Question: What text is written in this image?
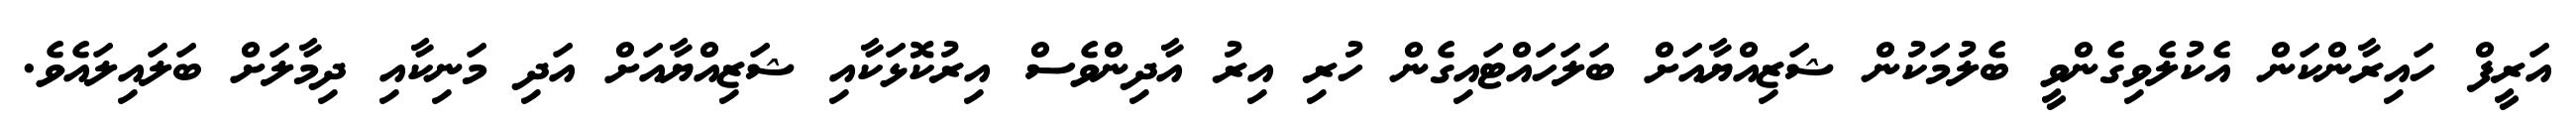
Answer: އަރީފް ހައިރާންކަން އެކުލެވިގެންވީ ބެލުމަކުން ޝަޒިއްޔާއަށް ބަލަހައްޓައިގެން ހުރި އިރު އާދިންވެސް އިރުކޮޅަކާއި ޝަޒިއްޔާއަށް އަދި މަނިކާއި ދިމާލަށް ބަލައިލައެވެ.